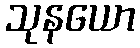
သုနယော